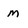
Character: m